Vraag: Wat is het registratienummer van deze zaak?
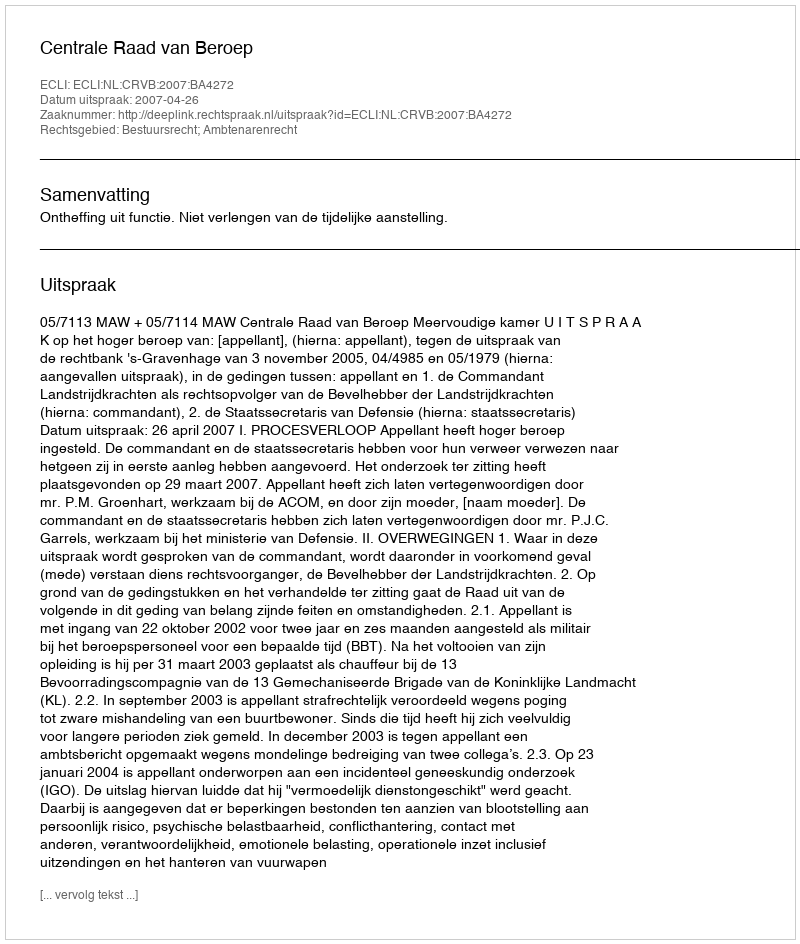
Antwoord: http://deeplink.rechtspraak.nl/uitspraak?id=ECLI:NL:CRVB:2007:BA4272